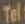
Tel